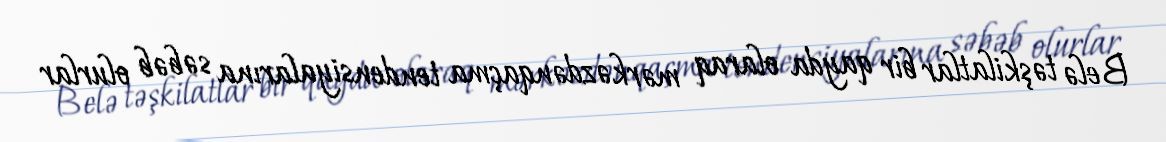
Belə təşkilatlar bir qayda olaraq mərkəzdənqaçma tendensiyalarına səbəb olurlar